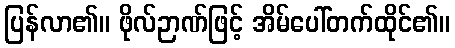
ပြန်လာ၏။ ဖိုလ်ဉာဏ်ဖြင့် အိမ်ပေါ်တက်ထိုင်၏။